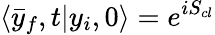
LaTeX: \langle\bar{y}_{f},t|y_{i},0\rangle=e^{iS_{cl}}